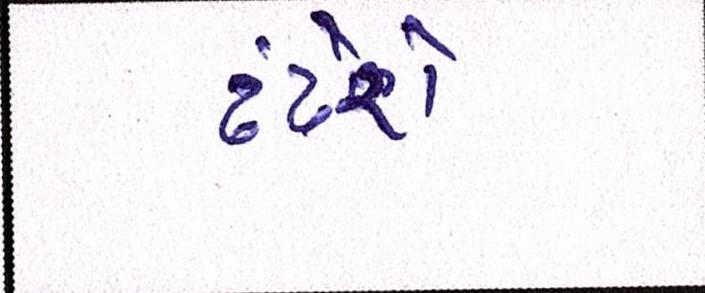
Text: ઢંઢેરા